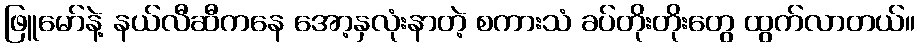
ဖြူမော်နဲ့ နယ်လီဆီကနေ အော့နှလုံးနာတဲ့ စကားသံ ခပ်တိုးတိုးတွေ ထွက်လာတယ်။